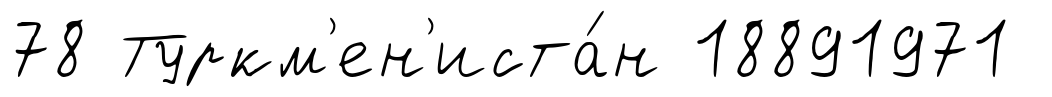
78 Туркм'ен'иста́н 18891971